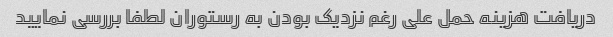
دریافت هزینه حمل علی رغم نزدیک بودن به رستوران لطفا بررسی نمایید